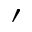
'